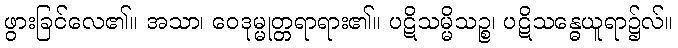
ဖွားခြင်လေ၏။ အသာ၊ ဝေဒုမ္မုတ္တရာရား၏။ ပဋိသမ္မိသဉ္စ၊ ပဋိသန္ဓေယူရာ၌လ်။